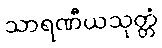
သာရဏီယသုတ္တံ